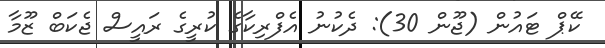
ކޭޕް ޓައުން (ޖޫން 30): ދެކުނު އެފްރިކާގެ ކުރީގެ ރައީސް ޖެކަބް ޒޫމާ